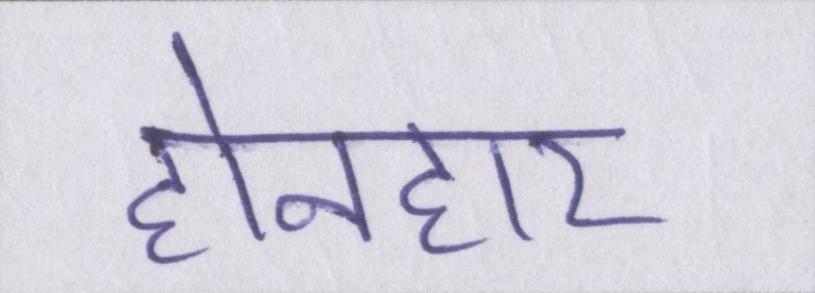
होनहार